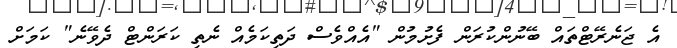
އެ ޖަނެރޭޓްތައް ބޭނުންކުރަން ފެށުމުން "އެއްވެސް ދަތިކަމެއް ނެތި ކަރަންޓް ދެވޭނެ" ކަމަށް